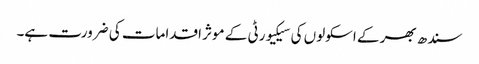
سندھ بھر کے اسکولوں کی سیکیورٹی کے موثر اقدامات کی ضرورت ہے۔